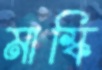
মাস্কি